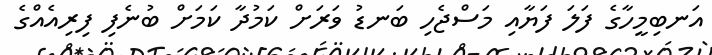
އަނބިމީހާގެ ފަލަ ފަޔާއި މަސްޖެހި ބަނޑު ވަރަށް ކަމުދާ ކަމަށް ބުނެފި ފިރިއެއްގެ